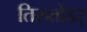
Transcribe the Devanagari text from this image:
तिरुत्तोंडर्